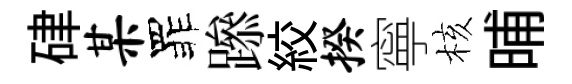
硉某罪𨅶絞揆寧核晡